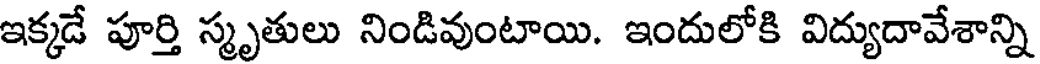
ఇక్కడే పూర్తి స్మృతులు నిండివుంటాయి. ఇందులోకి విద్యుదావేశాన్ని